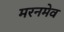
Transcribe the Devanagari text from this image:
मरनमेव